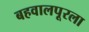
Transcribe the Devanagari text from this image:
बहवालपूरला